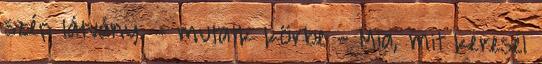
szép látvány. - mutatk körbe - Mia, mit keresel